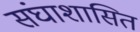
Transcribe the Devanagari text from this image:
संघाशासित